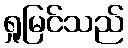
ရှုမြင်သည်